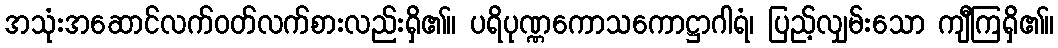
အသုံးအဆောင်လက်ဝတ်လက်စားလည်းရှိ၏။ ပရိပုဏ္ဏကောသကောဋ္ဌာဂါရံ၊ ပြည့်လျှမ်းသော ကျီကြရှိ၏။